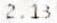
2.13